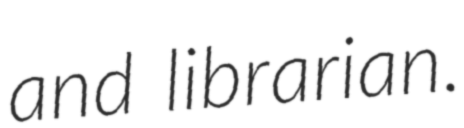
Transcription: and librarian.